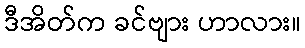
ဒီအိတ်က ခင်ဗျား ဟာလား။